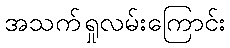
အသက်ရှုလမ်းကြောင်း